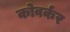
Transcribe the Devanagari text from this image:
कोवर्कर